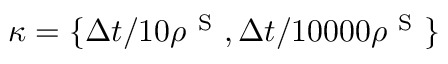
\kappa = \{ \Delta t / 1 0 \rho ^ { \mathrm { ~ S ~ } } , \Delta t / 1 0 0 0 0 \rho ^ { \mathrm { ~ S ~ } } \}